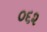
૦૬૨